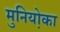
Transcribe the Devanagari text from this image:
मुनियो़का